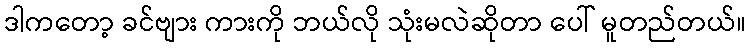
ဒါကတော့ ခင်ဗျား ကားကို ဘယ်လို သုံးမလဲဆိုတာ ပေါ် မူတည်တယ်။